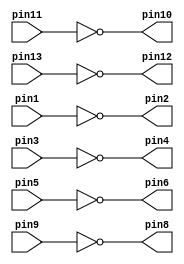
module v7404 (pin1, pin3, pin5, pin9, pin11, pin13, pin2, pin4, pin6, pin8,pin10, pin12); 
	//Declaring inputs & outputs 
	input pin1, pin3, pin5, pin9, pin11, pin13; 
	output pin2, pin4, pin6, pin8, pin10, pin12; 
	//Assigning values to output pins 
	assign pin2 = !pin1; 
	assign pin4 = !pin3; 
	assign pin6 = !pin5; 
	assign pin8 = !pin9; 
	assign pin10 = !pin11; 
	assign pin12 = !pin13; 
endmodule //NOT
 
module v7408 (pin1, pin3, pin5, pin9, pin11, pin13, pin2, pin4, pin6, pin8,pin10, pin12); 
	//Declaring inputs & outputs 
	input pin1, pin2, pin4, pin5, pin9, pin10, pin12, pin13; 
	output pin3, pin6, pin8, pin11; 
	//Assigning values to output pins 
	assign pin3 = pin1 & pin2; 
	assign pin6 = pin4 & pin5; 
	assign pin8 = pin9 & pin10; 
	assign pin11 = pin12 & pin13; 
endmodule //AND 

module v7432 (pin1, pin3, pin5, pin9, pin11, pin13, pin2, pin4, pin6, pin8,pin10, pin12); 
	//Declaring inputs & outputs 
	input pin1, pin2, pin4, pin5, pin9, pin10, pin12, pin13; 
	output pin3, pin6, pin8, pin11; 
	//Assigning values to output pins 
	assign pin3 = pin1 | pin2; 
	assign pin6 = pin4 | pin5; 
	assign pin8 = pin9 | pin10; 
	assign pin11 = pin12 | pin13; 
endmodule //OR
 
module mux2to1(x, y, s, m); 
	//Declaring inputs & outputs 
	input x, y, s; 
	output m; 
	//m = !s&x + s&y; 
	//Declaring wires 
	wire w1; 
	wire w2; 
	wire w3; 
	//Using 7400 series chips 

	//NOT chip 
	v7404 u0( 
		.pin1(s), 
		.pin2(w1) 	//w1 = !s 
		); 

	//AND chip 
	v7408 u1( 
		.pin1(x), 
		.pin2(w1), 
		.pin3(w2),	//w2 = !s&x 
		.pin4(y), 
		.pin5(s), 
		.pin6(w3)	//w3 = s&y 
		);
	 
	//OR chip 
	v7432 u2( 
		.pin1(w2), 
		.pin2(w3), 
		.pin3(m)		//m = w2 + w3 = !s&x + s&y; 
		);
endmodule